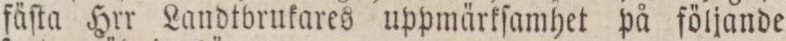
fäſta Hrr Landtbrukares uppmärkſamhet på följande